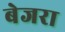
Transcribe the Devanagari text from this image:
बेजरा